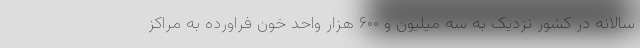
سالانه در کشور نزدیک به سه میلیون و ۶۰۰ هزار واحد خون فراورده به مراکز